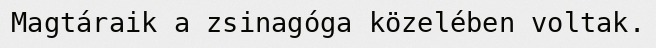
Magtáraik a zsinagóga közelében voltak.